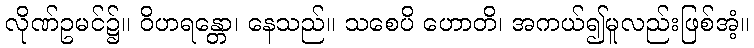
လိုဏ်ဥမင်၌။ ဝိဟရန္တော၊ နေသည်။ သစေပိ ဟောတိ၊ အကယ်၍မူလည်းဖြစ်အံ့။